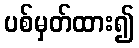
ပစ်မှတ်ထား၍